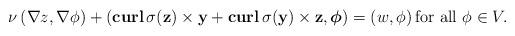
LaTeX: \begin{align*}\nu\left(\nabla z,\nabla \phi\right)+\left(\mathbf{curl}\, \sigma(\mathbf z)\times \mathbf y+\mathbf{curl}\, \sigma(\mathbf y)\times \mathbf z, \boldsymbol\phi\right)=\left( w, \phi\right) \mbox{for all} \ \phi\in V.\end{align*}